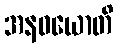
အနဝယောတိ